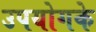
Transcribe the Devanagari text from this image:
उपयोगके